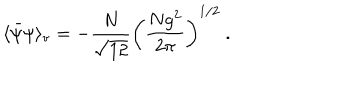
LaTeX: \langle \bar { \psi } \psi \rangle _ { \mathrm { v } } = - \frac { N } { \sqrt { 1 2 } } \left( \frac { N g ^ { 2 } } { 2 \pi } \right) ^ { 1 / 2 } \ .